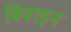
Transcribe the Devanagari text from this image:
बिवाइन